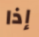
إذا